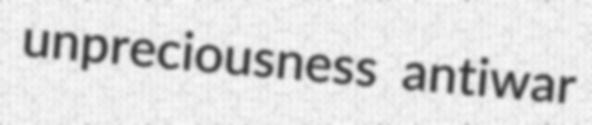
unpreciousness antiwar